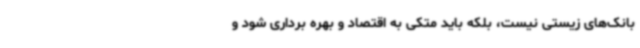
بانک‌های زیستی نیست، بلکه باید متکی به اقتصاد و بهره برداری شود و